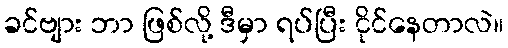
ခင်ဗျား ဘာ ဖြစ်လို့ ဒီမှာ ရပ်ပြီး ငိုင်နေတာလဲ။